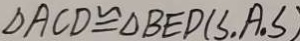
\Delta A C D \cong \Delta B E D ( S , A . S )